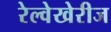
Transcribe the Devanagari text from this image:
रेल्वेखेरीज